Civil Veterinary Dept. Assam report 1927-50 - 1927-1950
Year: 1927
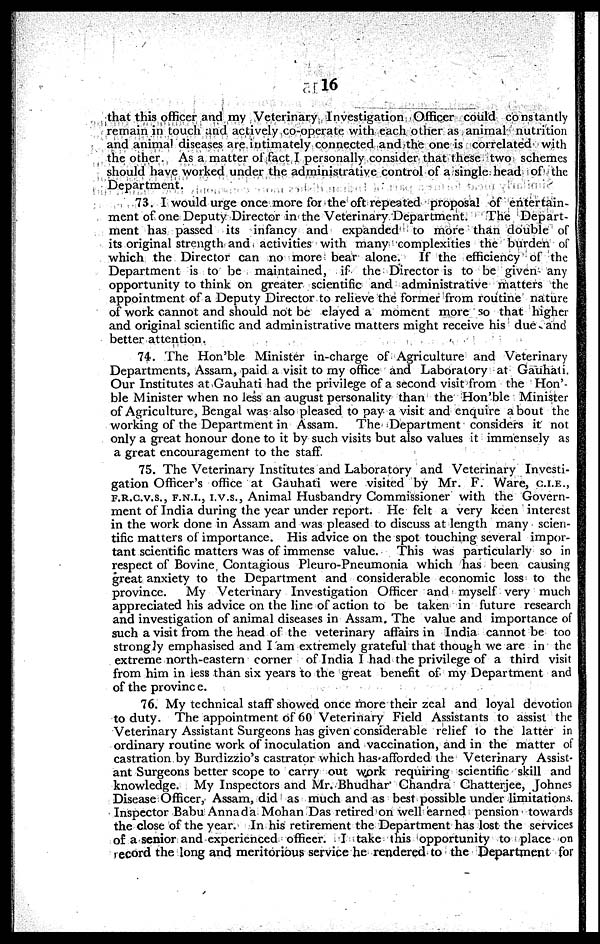
16
that this officer and my Veterinary Investigation Officer could constantly
remain in touch and actively co-operate with each other as animal nutrition
and animal diseases are intimately connected and the one is correlated with
the other. As a matter of fact I personally consider that these two schemes
should have worked under the administrative control of a single head of the
Department.
73. I would urge once more for the oft repeated proposal of entertain-
ment of one Deputy Director in the Veterinary Department.
The Depart-
ment has passed its infancy and expanded to more than double of
its original strength and activities with many complexities the burden of
which the Director can no more bear alone. If the efficiency of the
Department is to be maintained, if the Director is to be given any
opportunity to think on greater scientific and administrative matters the
appointment of a Deputy Director to relieve the former from routine nature
of work cannot and should not be clayed a moment more so that higher
and original scientific and administrative matters might receive his due and
better attention.
74. The Hon'ble Minister in-charge of Agriculture and Veterinary
Departments, Assam, paid a visit to my office and Laboratory at Gauhati.
Our Institutes at Gauhati had the privilege of a second visit from the Hon'-
ble Minister when no less an august personality than the Hon'ble Minister
of Agriculture, Bengal was also pleased to pay a visit and enquire about the
working of the Department in Assam. The Department considers it not
only a great honour done to it by such visits but also values it immensely as
a great encouragement to the staff.
75. The Veterinary Institutes and Laboratory and Veterinary Investi-
gation Officer's office at Gauhati were visited by Mr. F. Ware, C.I.E.,
F.R.C.V.S., F.N.I., I.V.S., Animal Husbandry Commissioner with the Govern-
ment of India during the year under report. He felt a very keen interest
in the work done in Assam and was pleased to discuss at length many scien-
tific matters of importance. His advice on the spot touching several impor-
tant scientific matters was of immense value. This was particularly so in
respect of Bovine Contagious Pleuro-Pneumonia which has been causing
great anxiety to the Department and considerable economic loss to the
province.
My Veterinary Investigation Officer and myself very much
appreciated his advice on the line of action to be taken in future research
and investigation of animal diseases in Assam. The value and importance of
such a visit from the head of the veterinary affairs in India cannot be too
strongly emphasised and I am extremely grateful that though we are in the
extreme north-eastern corner of India I had the privilege of a third visit
from him in less than six years to the great benefit of my Department and
of the province.
76. My technical staff showed once more their zeal and loyal devotion
to duty. The appointment of 60 Veterinary Field Assistants to assist the
Veterinary Assistant Surgeons has given considerable relief to the latter in
ordinary routine work of inoculation and vaccination, and in the matter of
castration by Burdizzio's castrator which has afforded the Veterinary Assist-
ant Surgeons better scope to carry out work requiring scientific skill and
knowledge. My Inspectors and Mr. Bhudhar Chandra Chatterjee, Johnes
Disease Officer, Assam, did as much and as best possible under limitations.
Inspector Babu Annada Mohan Das retired on well earned pension towards
the close of the year. In his retirement the Department has lost the services
of a senior and experienced officer. I take this opportunity to place on
record the long and meritorious service he rendered to the Department for